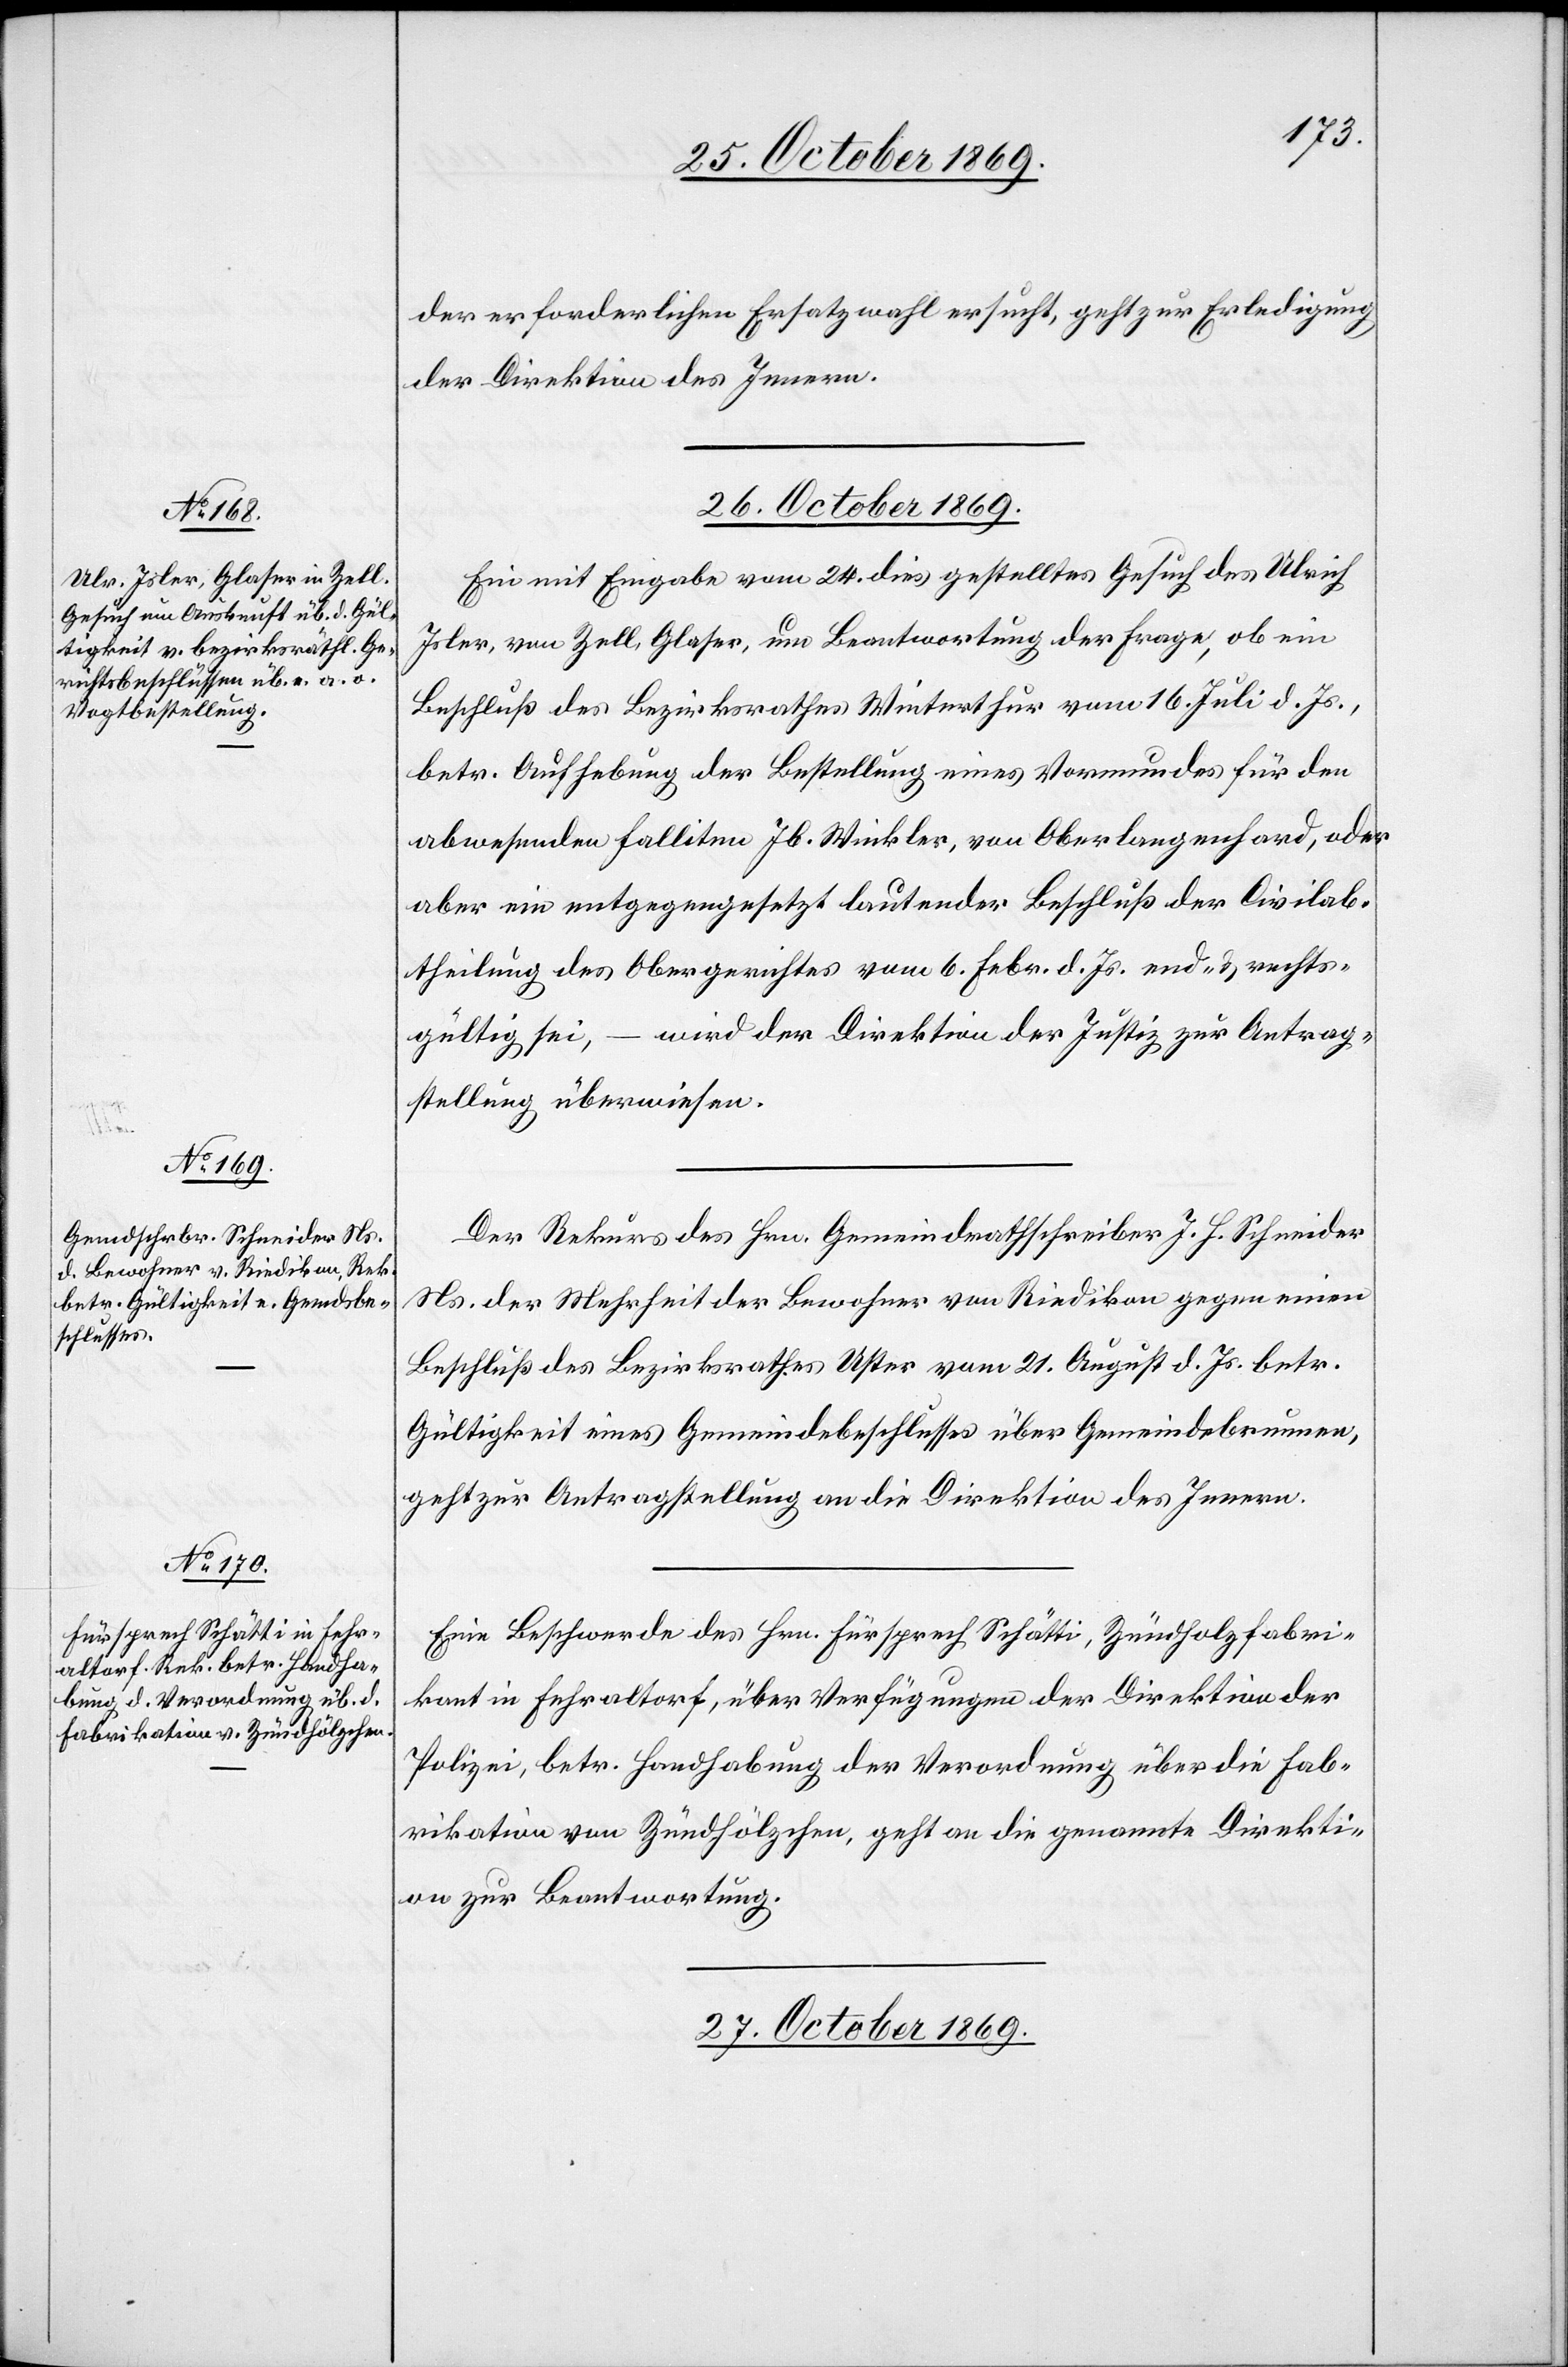
der

der erforderlichen Ersatzwahl ersucht, geht zur Erledigung
die] Direktion des Innern.
26. October 1869.]
Ein mit Eingabe vom 24. dies gestelltes Gesuch des Ulrich
Isler, von Zell, Glaser, um Beantwortung der Frage, ob ein
Beschluß des Bezirksrathes Winterthur vom 16. Juli d. Js.,
betr. Aufhebung der Bestellung eines Vormundes für den
abwesenden Falliten Jb. Winkler, von Oberlangenhard, oder
aber ein entgegengesetzt lautender Beschluß der Civilab¬
theilung des Obergerichtes vom 6. Febr. d. Js. end- & rechts¬
gültig sei, – wird der Direktion der Justiz zur Antrag¬
stellung überwiesen.
Der Rekurs des Hrn. Gemeindrathschreiber J. H. Schneider
Ns. der Mehrheit der Bewohner von Riedikon gegen einen
Beschluß des Bezirksrathes Uster vom 21. August d. Js. betr.
Gültigkeit eines Gemeindebeschlusses über Gemeindebrunnen,
geht zur Antragstellung an die Direktion des Innern.
Eine Beschwerde des Hrn. Fürsprech Schätti, Zündholzfabri¬
kant in Fehraltorf, über Verfügungen der Direktion der
Polizei, betr. Handhabung der Verordnung über die Fab¬
rikation von Zündhölzchen, geht an die genannte Direkti¬
on zur Beantwortung.
27. October 1869.